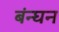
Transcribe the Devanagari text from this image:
बंन्घन